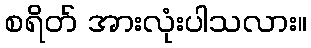
စရိတ် အားလုံးပါသလား။